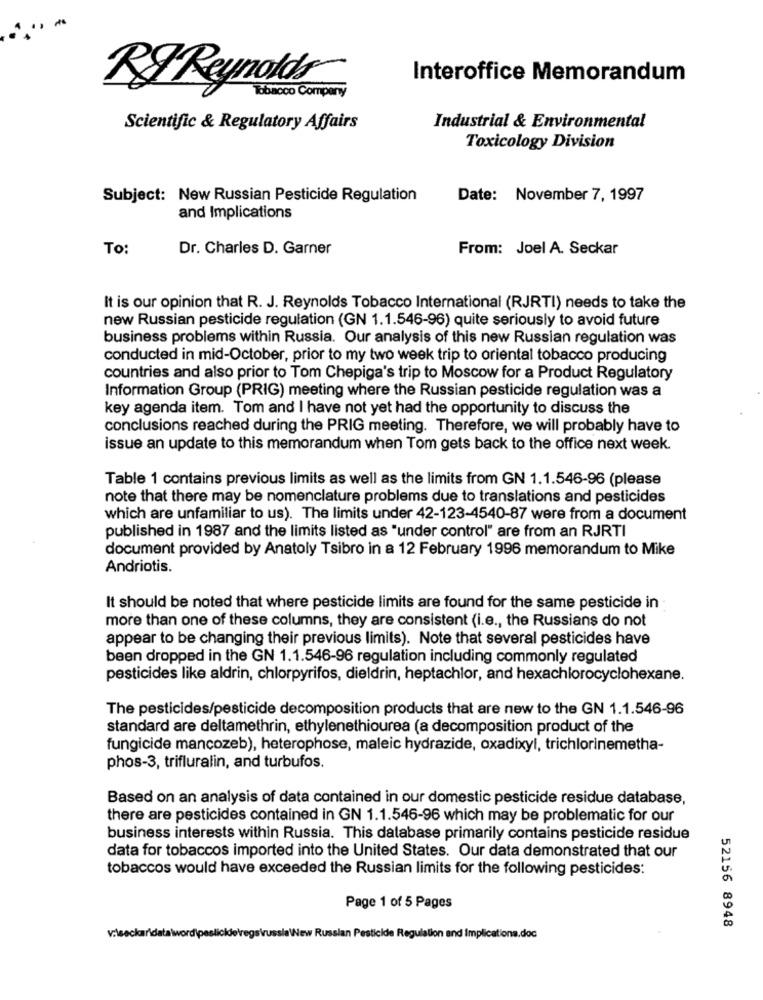
Interoffice Memorandum
R& Reynolds
Tobacco Company
Scientific & Regulatory Affairs
Industrial & Environmental
Toxicology Division
Subject: New Russian Pesticide Regulation
Date: November 7, 1997
and Implications
To:
Dr. Charles D. Garner
From: Joel A. Seckar
It is our opinion that R. J. Reynolds Tobacco International (RJRTI) needs to take the
new Russian pesticide regulation (GN 1.1.546-96) quite seriously to avoid future
business problems within Russia. Our analysis of this new Russian regulation was
conducted in mid-October, prior to my two week trip to oriental tobacco producing
countries and also prior to Tom Chepiga's trip to Moscow for a Product Regulatory
Information Group (PRIG) meeting where the Russian pesticide regulation was a
key agenda item. Tom and I have not yet had the opportunity to discuss the
conclusions reached during the PRIG meeting. Therefore, we will probably have to
issue an update to this memorandum when Tom gets back to the office next week.
Table 1 contains previous limits as well as the limits from GN 1.1.546-96 (please
note that there may be nomenclature problems due to translations and pesticides
which are unfamiliar to us). The limits under 42-123-4540-87 were from a document
published in 1987 and the limits listed as "under control" are from an RJRTI
document provided by Anatoly Tsibro in a 12 February 1996 memorandum to Mike
Andriotis.
It should be noted that where pesticide limits are found for the same pesticide in
more than one of these columns, they are consistent (i.e ., the Russians do not
appear to be changing their previous limits). Note that several pesticides have
been dropped in the GN 1.1.546-96 regulation including commonly regulated
pesticides like aldrin, chlorpyrifos, dieldrin, heptachlor, and hexachlorocyclohexane.
The pesticides/pesticide decomposition products that are new to the GN 1.1.546-96
standard are deltamethrin, ethylenethiourea (a decomposition product of the
fungicide mancozeb), heterophose, maleic hydrazide, oxadixyl, trichlorinemetha-
phos-3, trifluralin, and turbufos.
Based on an analysis of data contained in our domestic pesticide residue database,
there are pesticides contained in GN 1.1.546-96 which may be problematic for our
business interests within Russia. This database primarily contains pesticide residue
data for tobaccos imported into the United States. Our data demonstrated that our
tobaccos would have exceeded the Russian limits for the following pesticides:
Page 1 of 5 Pages
52156 8948
vilseckaridata\word\pesticidetregs\russia\New Russian Pesticide Regulation and Implications.doc